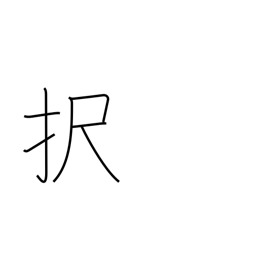
Meaning: elect